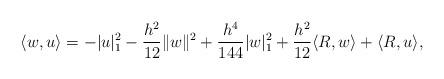
LaTeX: \begin{align*} \langle w,u \rangle=-|u|_1^2-\frac{h^2}{12}\|w\|^2+\frac{h^4}{144}|w|_1^2+\frac{h^2}{12}\langle R,w \rangle+\langle R,u\rangle, \end{align*}